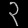
Digit: ၃